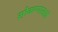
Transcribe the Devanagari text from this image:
सोकण्यासाठी